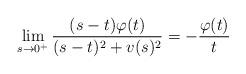
LaTeX: \begin{align*}\lim_{s\to 0^+}\frac{(s-t)\varphi(t)}{(s-t)^2+v(s)^2}=-\frac{\varphi(t)}{t}\end{align*}